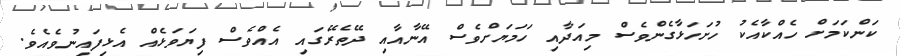
ކަންކަމަށް ހެއްކާއެކު ހުށަހަޅާގެންވެސް މިއަދާއި ހަމަޔަށްވެސް އޭނާއާއި ދޭތެރޭގައި އެއްވެސް ފިޔަވަޅެއް އެޅިފައިނުވެއެވެ.